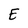
Character: E